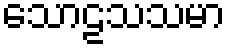
သောဠသသမာ